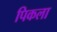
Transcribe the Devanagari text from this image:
पिकला